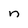
Character: n